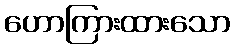
ဟောကြားထားသော